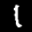
Label: 1